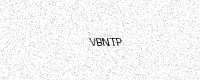
Text: VBNTP